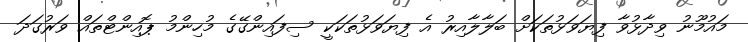
މައުމޫނު ވިދާޅުވާ ފިޔަވަޅުތަކަށް ބަލާލާއިރު އެ ފިޔަވަޅުތަކަކީ ސިފައިންގޭގެ މުހިންމު ޕޮއިންޓްތައް ވަރުގަދަ